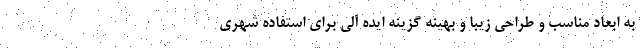
به ابعاد مناسب و طراحی زیبا و بهینه گزینه ایده آلی برای استفاده شهری